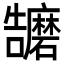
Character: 𭍁